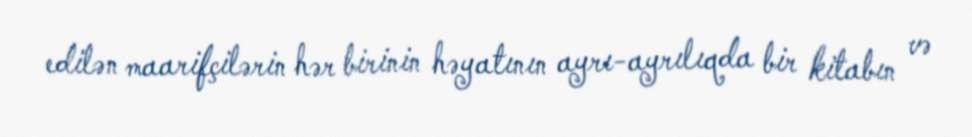
edilən maarifçilərin hər birinin həyatının ayrı-ayrılıqda bir kitabın və